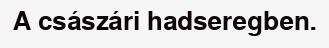
A császári hadseregben.